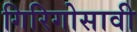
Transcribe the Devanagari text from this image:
गिरिगोसावी